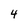
Character: 4